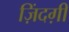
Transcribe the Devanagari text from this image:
ज़िंदग़ी